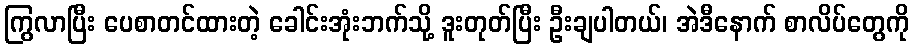
ကြွလာပြီး ပေစာတင်ထားတဲ့ ခေါင်းအုံးဘက်သို့ ဒူးတုတ်ပြီး ဦးချပါတယ်၊ အဲဒီနောက် စာလိပ်တွေကို